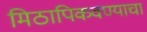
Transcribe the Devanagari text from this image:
मिठापिकवण्याचा